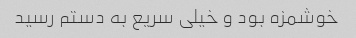
خوشمزه بود و خیلی سریع به دستم رسید